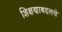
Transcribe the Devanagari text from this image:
शिक्षणाबद्दलचे